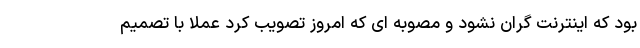
بود که اینترنت گران نشود و مصوبه ای که امروز تصویب کرد عملا با تصمیم